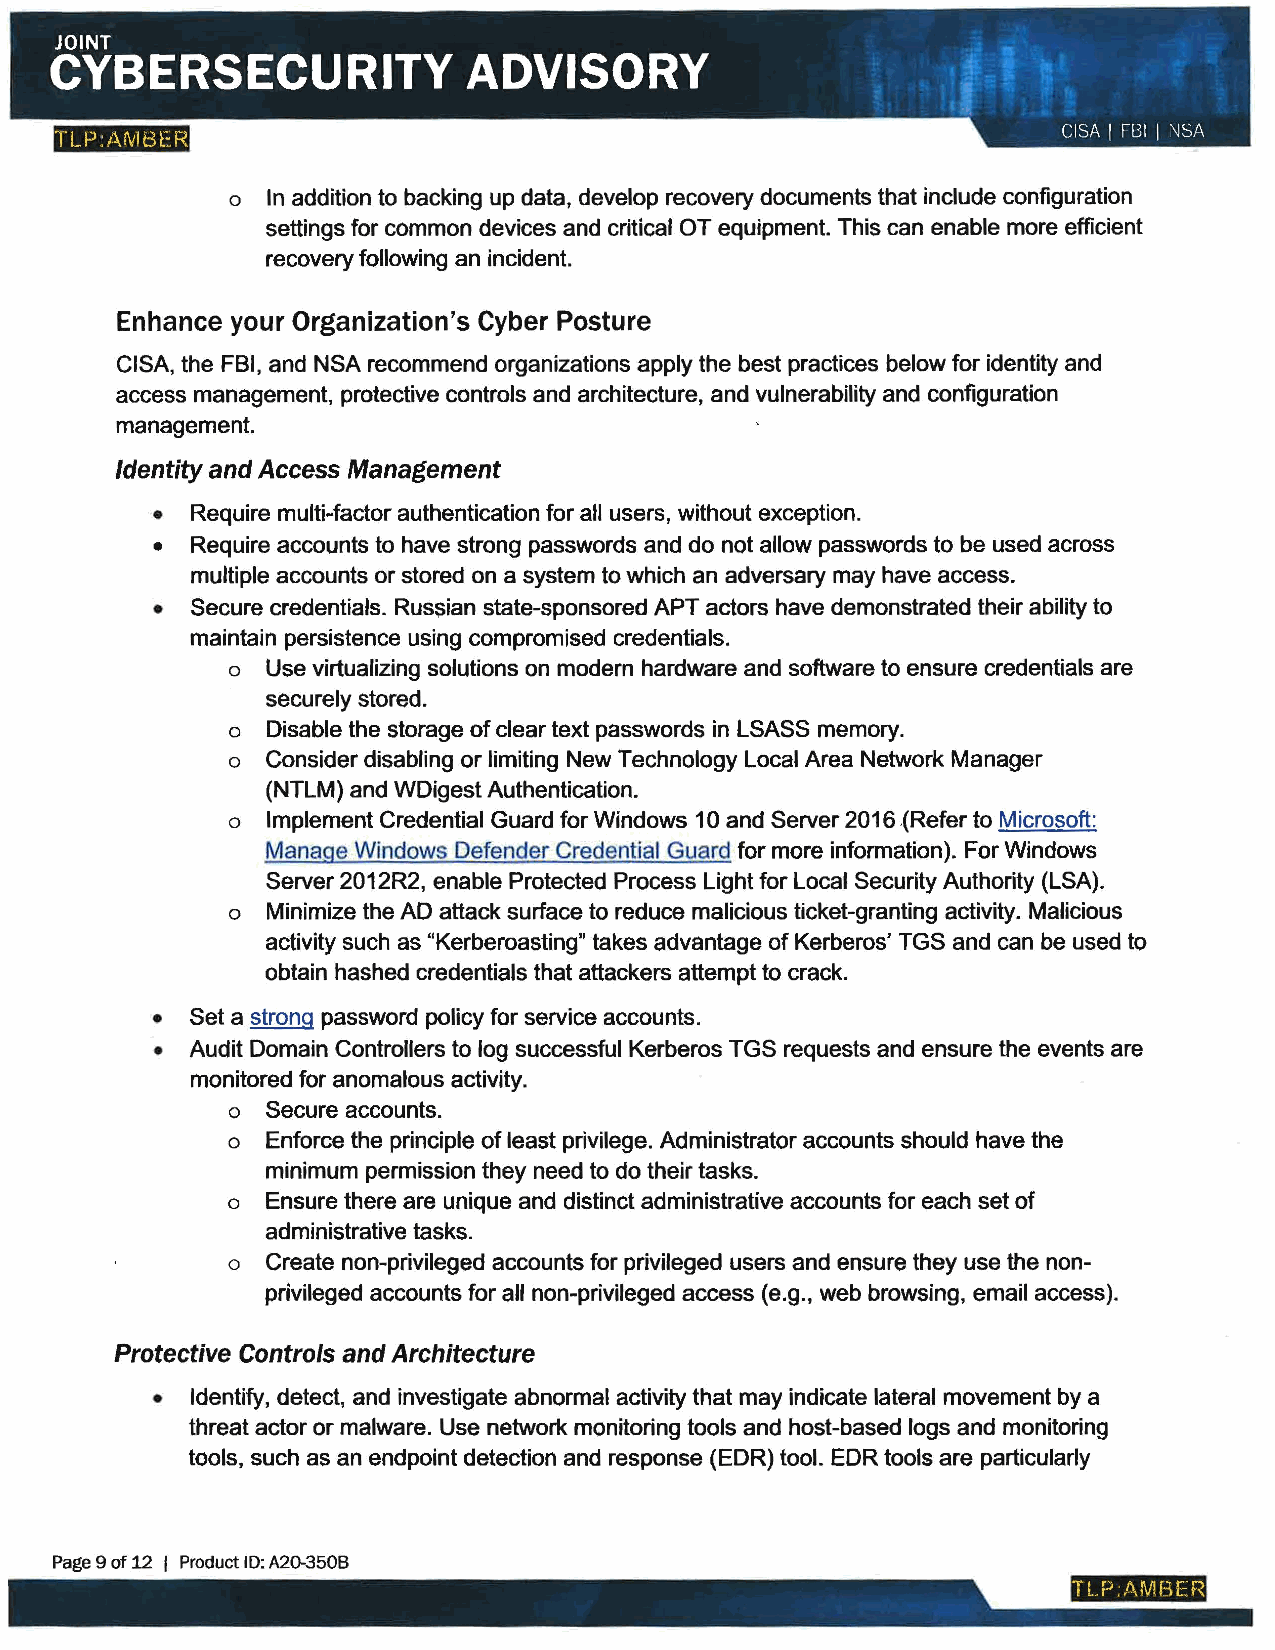
TLP.ANl8C:R
 o In addition to backing up data, develop recovery documents that include configuration
 settings for common devices and critical OT equipment. This can enable more efficient
 recovery following an incident.
 Enhance your Organization's Cyber Posture
 CISA, the FBI, and NSA recommend organizations apply the best practices below for identity and
 access management, protective controls and architecture, and vulnerability and configuration
 management.
 Identity and Access Management
 • Require multi-factor authentication for all users, without exception.
 • Require accounts to have strong passwords and do not allow passwords to be used across
 multiple accounts or stored on a system to which an adversary may have access.
 • Secure credentials. Russian state-sponsored APT actors have demonstrated their ability to
 maintain persistence using compromised credentials.
 o Use virtualizing solutions on modern hardware and software to ensure credentials are
 securely stored.
 o Disable the storage of clear text passwords in LSASS memory.
 o Consider disabling or limiting New Technology Local Area Network Manager
 (NTLM) and WDigest Authentication.
 o Implement Credential Guard for Windows 10 and Server 2016 .(Refer to Microsoft:
 Manage Windows Defender Credential Guard for more information). For Windows
 Server 2012R2, enable Protected Process Light for Local Security Authority (LSA).
 o Minimize the AD attack surface to reduce malicious ticket-granting activity. Malicious
 activity such as "Kerberoasting" takes advantage of Kerberos' TGS and can be used to
 obtain hashed credentials that attackers attempt to crack.
 • Set a strong password policy for service accounts.
 • Audit Domain Controllers to log successful Kerberos TGS requests and ensure the events are
 monitored for anomalous activity.
 o Secure accounts.
 o Enforce the principle of least privilege. Administrator accounts should have the
 minimum permission they need to do their tasks.
 o Ensure there are unique and distinct administrative accounts for each set of
 administrative tasks.
 o Create non-privileged accounts for privileged users and ensure they use the non
 privileged accounts for all non-privileged access (e.g., web browsing, email access).
 Protective Controls and Architecture
 • Identify, detect, and investigate abnormal activity that may indicate lateral movement by a
 threat actor or malware. Use network monitoring tools and host-based logs and monitoring
 tools, such as an endpoint detection and response (EDR) tool. EDR tools are particularly
 Page 9 of 12 I Product ID: A2~350B
 Tl P./\MBH~